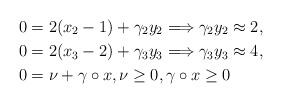
LaTeX: \begin{align*}0 & = 2(x_2-1)+\gamma_2y_2 \Longrightarrow \gamma_2y_2 \approx 2,\\0 & = 2(x_3-2)+\gamma_3y_3\Longrightarrow \gamma_3y_3 \approx 4,\\0 & = \nu+\gamma \circ x , \nu \geq 0, \gamma \circ x \geq 0\end{align*}